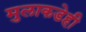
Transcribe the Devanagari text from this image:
मुलाकडेही